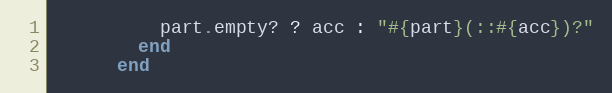
Language: Ruby
          part.empty? ? acc : "#{part}(::#{acc})?"
        end
      end